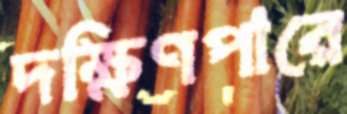
দক্ষিণপারে